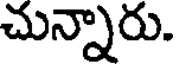
చున్నారు.